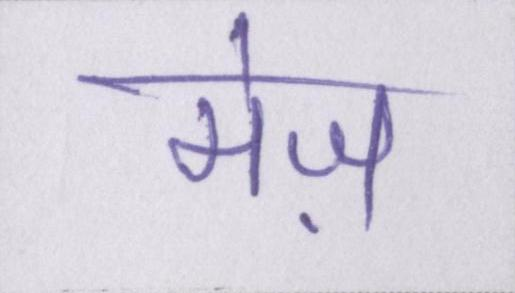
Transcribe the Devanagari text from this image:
मेज़